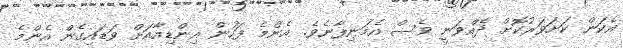
އެކަން ކަށަވަރުކޮށް ދެއްވަނީ ވެސް އެމަނިފާނެވެ. އެންމެ ފަހުން އިންޑިއާއަށް ވަޑައިގެން އެންމެ